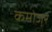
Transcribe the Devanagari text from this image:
कमोजर